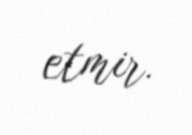
etmir.